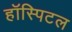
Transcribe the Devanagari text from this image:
हॉस्पिटल